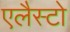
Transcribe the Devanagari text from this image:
एलैस्टो